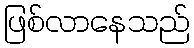
ဖြစ်လာနေသည်